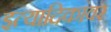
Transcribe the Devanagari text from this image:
इत्यादिकांवर